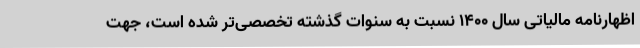
اظهارنامه مالیاتی سال ۱۴۰۰ نسبت به سنوات گذشته تخصصی‌تر شده است، جهت